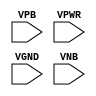
module sky130_fd_sc_ls__tapvgnd (
    //# {{power|Power}}
    input VPB ,
    input VPWR,
    input VGND,
    input VNB
);
endmodule